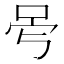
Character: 𠰡